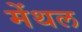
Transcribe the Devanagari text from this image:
मेंथल